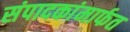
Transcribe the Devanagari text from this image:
संपादकांमार्फत